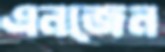
এনজেন